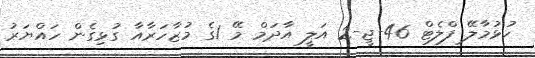
ހުޅުމާލޭ ފްލެޓް 46-ޖީ-2 އަލީ އާދަމް މޭ 1ގެ މުޒާހަރާއާ ގުޅިގެން ހައްޔަރު